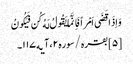
وَاِذَا قَضَی اَمْراً فَاِنَّمَا یَقُولُ لَهُ کُن فَیَکُونُ
[۵] بقره/سوره۲، آیه۱۱۷۔